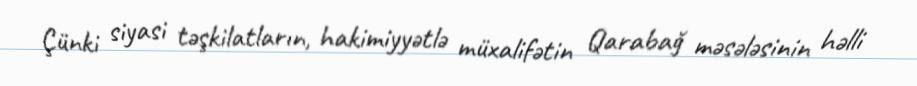
Çünki siyasi təşkilatların, hakimiyyətlə müxalifətin Qarabağ məsələsinin həlli